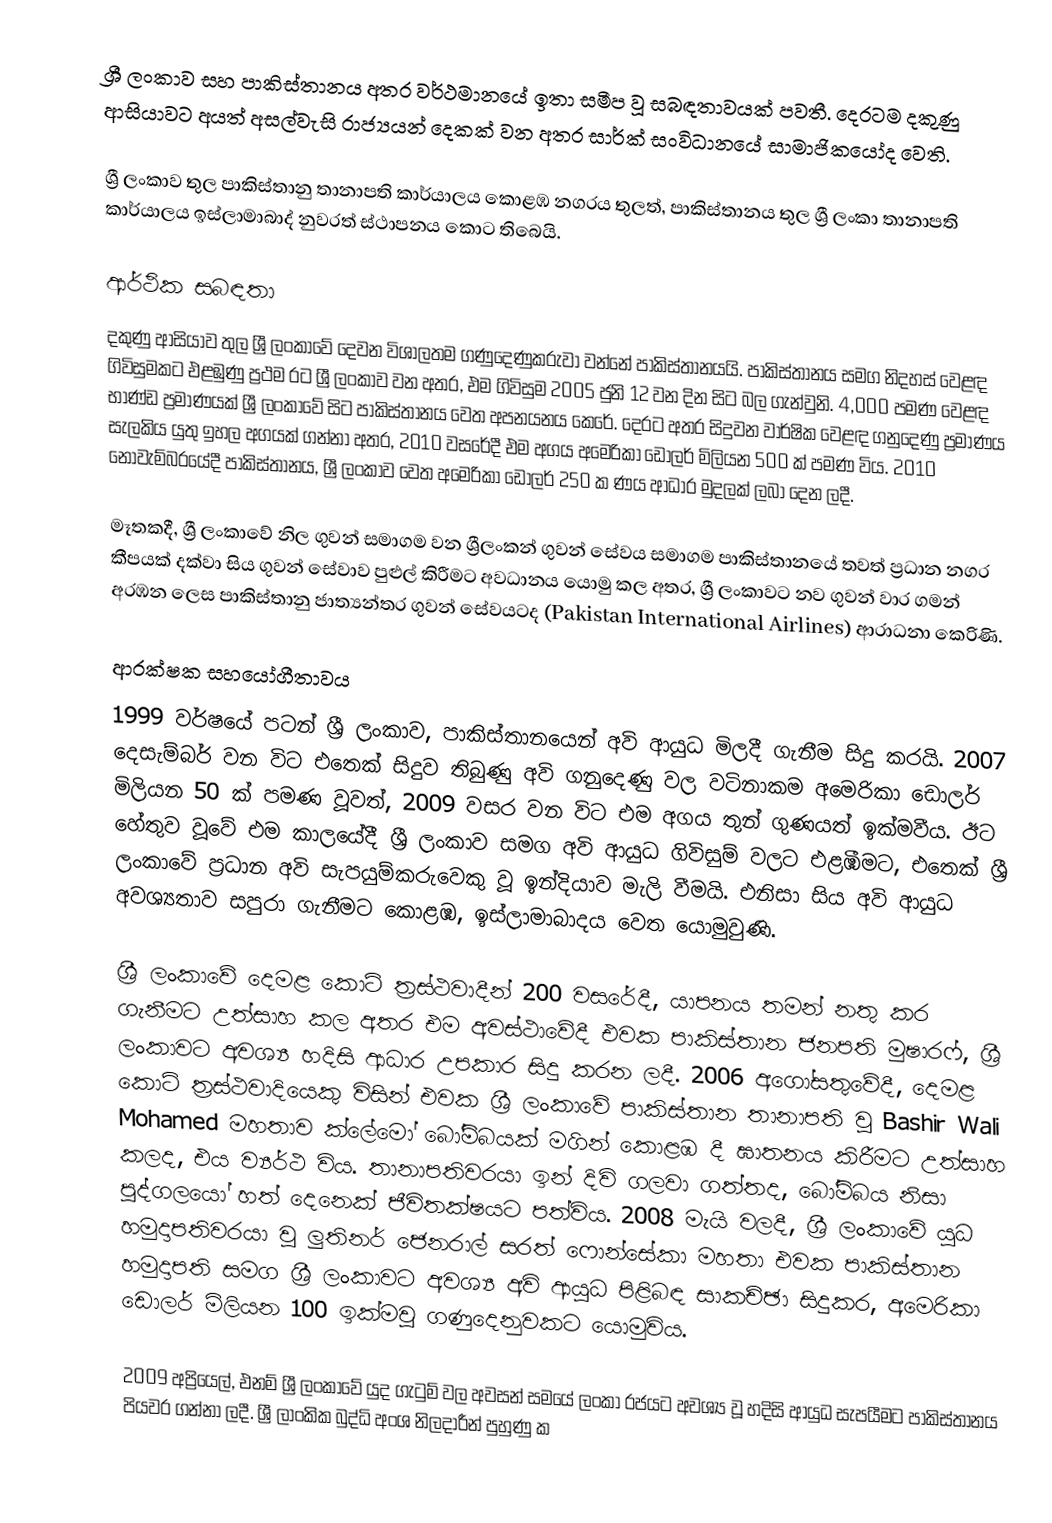
ශ්‍රී ලංකාව සහ පාකිස්තානය අතර වර්ථමානයේ ඉතා සමීප වූ සබඳතාවයක් පවතී. දෙරටම දකුණු ආසියාවට අයත් අසල්වැසි රාජ්‍යයන් දෙකක් වන අතර සාර්ක් සංවිධානයේ සාමාජිකයෝද වෙති.

ශ්‍රී ලංකාව තුල පාකිස්තානු තානාපති කාර්යාලය කොළඹ නගරය තුලත්, පාකිස්තානය තුල ශ්‍රී ලංකා තානාපති කාර්යාලය ඉස්ලාමාබාද් නුවරත් ස්ථාපනය කොට තිබෙයි.

ආර්ථික සබඳතා
දකුණු ආසියාව තුල ශ්‍රී ලංකාවේ දෙවන විශාලතම ගණුදෙණුකරුවා වන්නේ පාකිස්තානයයි. පාකිස්තානය සමග නිදහස් වෙළඳ ගිවිසුමකට එළඹුණු ප්‍රථම රට ශ්‍රී ලංකාව වන අතර, එම ගිවිසුම 2005 ජුනි 12 වන දින සිට බල ගැන්වුනි. 4,000 පමණ වෙළඳ භාණ්ඩ ප්‍රමාණයක් ශ්‍රී ලංකාවේ සිට පාකිස්තානය වෙත අපනයනය කෙරේ. දෙරට අතර සිදුවන වාර්ෂික වෙළඳ ගනුදෙණු ප්‍රමාණය සැලකිය යුතු ඉහල අගයක් ගන්නා අතර, 2010 වසරේදී එම අගය අමෙරිකා ඩොලර් මිලියන 500 ක් පමණ විය. 2010 නොවැම්බරයේදී පාකිස්තානය, ශ්‍රී ලංකාව වෙත අමෙරිකා ඩොලර් 250 ක ණය ආධාර මුදලක් ලබා දෙන ලදී.

මෑතකදී, ශ්‍රී ලංකාවේ නිල ගුවන් සමාගම වන ශ්‍රීලංකන් ගුවන් සේවය සමාගම පාකිස්තානයේ තවත් ප්‍රධාන නගර කීපයක් දක්වා සිය ගුවන් සේවාව පුළුල් කිරීමට අවධානය යොමු කල අතර, ශ්‍රී ලංකාවට නව ගුවන් වාර ගමන් අරඹන ලෙස පාකිස්තානු ජාත්‍යන්තර ගුවන් සේවයටද (Pakistan International Airlines) ආරාධනා කෙරිණි.

ආරක්ෂක සහයෝගීතාවය
1999 වර්ෂයේ පටන් ශ්‍රී ලංකාව, පාකිස්තානයෙන් අවි ආයුධ මිලදී ගැනීම සිදු කරයි. 2007 දෙසැම්බර් වන විට එතෙක් සිදුව තිබුණු අවි ගනුදෙණු වල වටිනාකම අමෙරිකා ඩොලර් මිලියන 50 ක් පමණ වූවත්, 2009 වසර වන විට එම අගය තුන් ගුණයත් ඉක්මවීය. ඊට හේතුව වූවේ එම කාලයේදී ශ්‍රී ලංකාව සමග අවි ආයුධ ගිවිසුම් වලට එළඹීමට, එතෙක් ශ්‍රී ලංකාවේ ප්‍රධාන අවි සැපයුම්කරුවෙකු වූ ඉන්දියාව මැලි වීමයි. එනිසා සිය අවි ආයුධ අවශ්‍යතාව සපුරා ගැනීමට කොළඹ, ඉස්ලාමාබාදය වෙත යොමුවුණි.

ශ්‍රී ලංකාවේ දෙමළ කොටි ත්‍රස්ථවාදීන් 200 වසරේදී, යාපනය තමන් නතු කර ගැනීමට උත්සාහ කල අතර එම අවස්ථාවේදී එවක පාකිස්තාන ජනපති මුෂාරෆ්, ශ්‍රී ලංකාවට අවශ්‍ය හදිසි ආධාර උපකාර සිදු කරන ලදී. 2006 අගෝසතුවේදී, දෙමළ කොටි ත්‍රස්ථවාදියෙකු විසින් එවක ශ්‍රී ලංකාවේ පාකිස්තාන තානාපති වූ Bashir Wali Mohamed මහතාව ක්ලේමෝ බෝම්බයක් මගින් කොළඹ දී ඝාතනය කිරීමට උත්සාහ කලද, එය ව්‍යර්ථ විය. තානාපතිවරයා ඉන් දිවි ගලවා ගත්තද, බෝම්බය නිසා පුද්ගලයෝ හත් දෙනෙක් ජීවිතක්ෂයට පත්විය. 2008 මැයි වලදී, ශ්‍රී ලංකාවේ යුධ හමුදාපතිවරයා වූ ලුතිනර් ජෙනරාල් සරත් ෆොන්සේකා මහතා එවක පාකිස්තාන හමුදාපති සමග ශ්‍රී ලංකාවට අවශ්‍ය අවි ආයුධ පිළිබඳ සාකච්ඡා සිදුකර, අමෙරිකා ඩොලර් මිලියන 100 ඉක්මවූ ගණුදෙනුවකට යොමුවිය.

2009 අප්‍රියෙල්, එනම් ශ්‍රී ලංකාවේ යුද ගැටුම් වල අවසන් සමයේ ලංකා රජයට අවශ්‍ය වූ හදිසි ආයුධ සැපයීමට පාකිස්තානය පියවර ගන්නා ලදී. ශ්‍රී ලාංකික බුද්ධි අංශ නිලදාරීන් පුහුණු ක